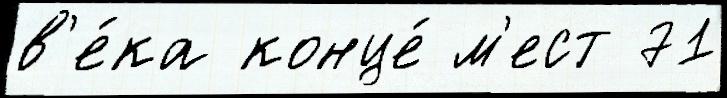
в'е́ка конце́ м'ест 71